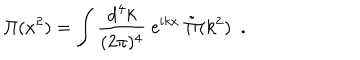
{ \Pi } ( x ^ { 2 } ) = \int { \frac { \mathrm { d } ^ { 4 } k } { ( 2 \pi ) ^ { 4 } } } \ \mathrm { e } ^ { i k x } \ \tilde { \Pi } ( k ^ { 2 } ) \ \ .